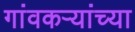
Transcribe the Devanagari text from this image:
गांवकऱ्यांच्या